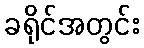
ခရိုင်အတွင်း